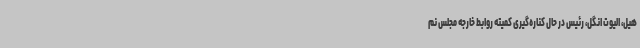
هیل، الیوت انگل، رئیس در حال کناره‌گیری کمیته روابط خارجه مجلس نم